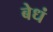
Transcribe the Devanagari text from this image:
बेधं